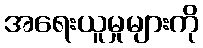
အရေးယူမှုများကို